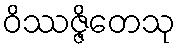
ဝိဿဇ္ဇိတေသု